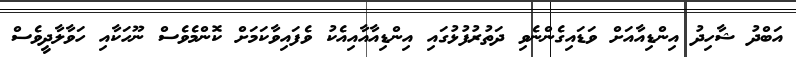
އަބްދު ޝާހިދު އިންޑިއާއަށް ވަޑައިގެންނެވި ދަތުރުފުޅުގައި އިންޑިއާއާއިއެކު ވެފައިވާކަމަށް ކޮންމެވެސް ނޫހަކާއި ހަވާލާދީވެސް